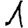
Digit: 1